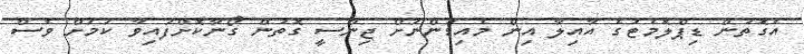
އެގޮތުން ޑިޕްލޮމެޓުގެ އާއިލާ އިން މެއިޑުންނަށް ޖިންސީ ގޮތުން ގޯނާކޮށްފައިވާ ކަމަށް ވެސް